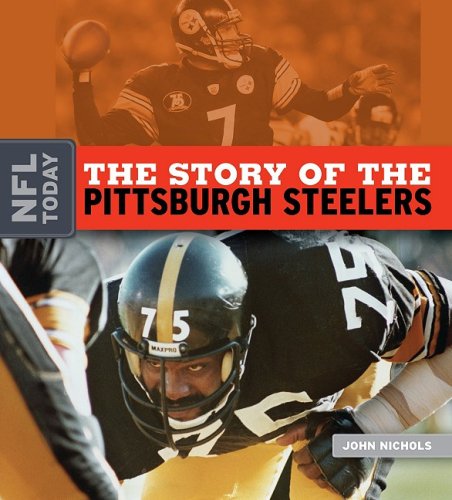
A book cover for The Story of the Pittsburgh Steelers (NFL Today); John Nichols; Teen & Young Adult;